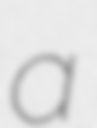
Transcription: a